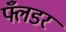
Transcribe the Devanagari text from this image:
फ्लँडर